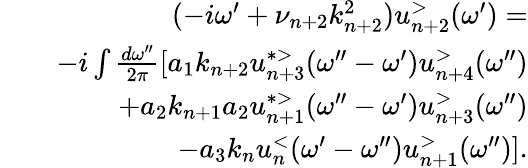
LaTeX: \begin{array}{rlr}&{}&{(-i\omega^{\prime}+\nu_{n+2}k_{n+2}^{2})u_{n+2}^{>}(\omega^{\prime})=}\\ &{}&{-i\int\frac{d\omega^{\prime\prime}}{2\pi}[a_{1}k_{n+2}u_{n+3}^{*>}(\omega^{\prime\prime}-\omega^{\prime})u_{n+4}^{>}(\omega^{\prime\prime})}\\ &{}&{+a_{2}k_{n+1}a_{2}u_{n+1}^{*>}(\omega^{\prime\prime}-\omega^{\prime})u_{n+3}^{>}(\omega^{\prime\prime})}\\ &{}&{-a_{3}k_{n}u_{n}^{<}(\omega^{\prime}-\omega^{\prime\prime})u_{n+1}^{>}(\omega^{\prime\prime})].}\end{array}